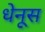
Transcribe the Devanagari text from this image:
धेनूस